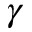
\gamma